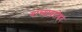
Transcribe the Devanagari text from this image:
यांच्‍याबरोबर